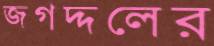
জগদ্দলের